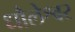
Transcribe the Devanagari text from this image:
धौलेश्वर